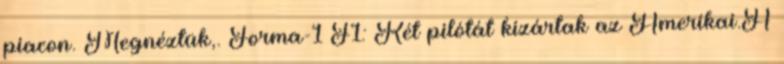
piacon. Megnéztük,. Forma-1 F1: Két pilótát kizártak az Amerikai.A